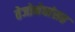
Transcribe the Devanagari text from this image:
तेजोमेघांसह